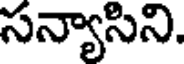
సన్యాసిని.